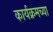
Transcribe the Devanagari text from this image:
कार्यक्रमच्या